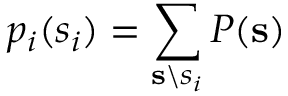
p _ { i } ( s _ { i } ) = \sum _ { \mathbf { s } \backslash s _ { i } } P ( \mathbf { s } )